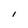
Character: I